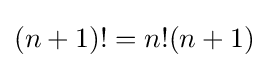
(n+1)!=n!(n+1)